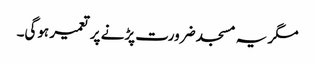
مگر یہ مسجد ضرورت پڑنے پر تعمیر ہوگی۔